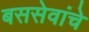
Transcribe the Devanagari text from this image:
बससेवांचे